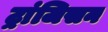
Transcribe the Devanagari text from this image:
ट्रांजिसन